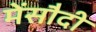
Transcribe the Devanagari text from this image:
मेंसौदी